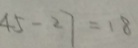
4 5 - 2 7 = 1 8